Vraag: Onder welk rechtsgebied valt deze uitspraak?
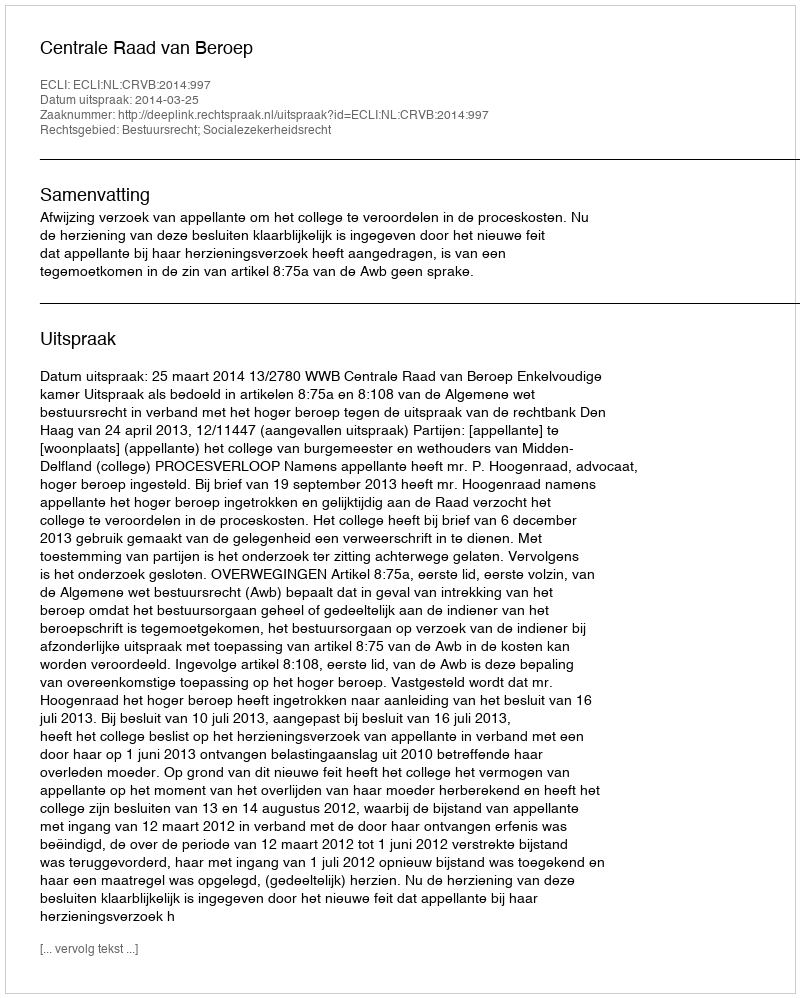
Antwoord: Bestuursrecht; Socialezekerheidsrecht